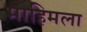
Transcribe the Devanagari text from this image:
माहिमला